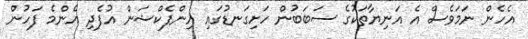
އެހެން ނަމަވެސް އެ އަނިޔާތަކުގެ ސަބަބުން ހަށިގަނޑުގައި އިންފެކްޝަން އުފެދި އެންމެ ފަހުން